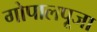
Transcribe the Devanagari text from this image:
गोपालपूजा